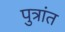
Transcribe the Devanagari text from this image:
पुत्रांत